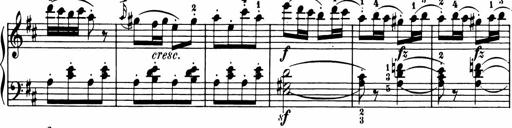
Title: 11 Sonatinas for Piano Solo
Composer: Anton Diabelli